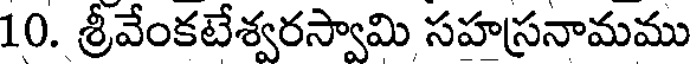
10. శ్రీవేంకటేశ్వరస్వామి సహస్రనామము